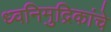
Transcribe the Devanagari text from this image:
ध्वनिमुद्रिकांचे